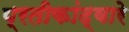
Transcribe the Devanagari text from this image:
प्रतीकांद्वारे